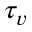
\tau _ { v }